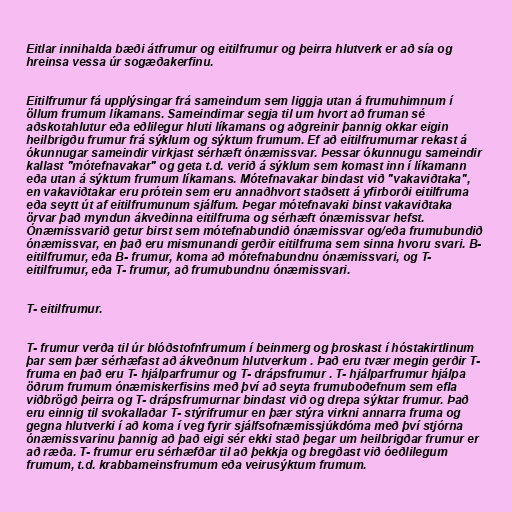
Eitlar innihalda bæði átfrumur og eitilfrumur og þeirra hlutverk er að sía og
hreinsa vessa úr sogæðakerfinu.

Eitilfrumur fá upplýsingar frá sameindum sem liggja utan á frumuhimnum í
öllum frumum líkamans. Sameindirnar segja til um hvort að fruman sé
aðskotahlutur eða eðlilegur hluti líkamans og aðgreinir þannig okkar eigin
heilbrigðu frumur frá sýklum og sýktum frumum. Ef að eitilfrumurnar rekast á
ókunnugar sameindir virkjast sérhæft ónæmissvar. Þessar ókunnugu sameindir
kallast "mótefnavakar" og geta t.d. verið á sýklum sem komast inn í líkamann
eða utan á sýktum frumum líkamans. Mótefnavakar bindast við "vakaviðtaka",
en vakaviðtakar eru prótein sem eru annaðhvort staðsett á yfirborði eitilfruma
eða seytt út af eitilfrumunum sjálfum. Þegar mótefnavaki binst vakaviðtaka
örvar það myndun ákveðinna eitilfruma og sérhæft ónæmissvar hefst.
Ónæmissvarið getur birst sem mótefnabundið ónæmissvar og/eða frumubundið
ónæmissvar, en það eru mismunandi gerðir eitilfruma sem sinna hvoru svari. B-
eitilfrumur, eða B- frumur, koma að mótefnabundnu ónæmissvari, og T-
eitilfrumur, eða T- frumur, að frumubundnu ónæmissvari.

T- eitilfrumur.

T- frumur verða til úr blóðstofnfrumum í beinmerg og þroskast í hóstakirtlinum
þar sem þær sérhæfast að ákveðnum hlutverkum . Það eru tvær megin gerðir T-
fruma en það eru T- hjálparfrumur og T- drápsfrumur . T- hjálparfrumur hjálpa
öðrum frumum ónæmiskerfisins með því að seyta frumuboðefnum sem efla
viðbrögð þeirra og T- drápsfrumurnar bindast við og drepa sýktar frumur. Það
eru einnig til svokallaðar T- stýrifrumur en þær stýra virkni annarra fruma og
gegna hlutverki í að koma í veg fyrir sjálfsofnæmissjúkdóma með því stjórna
ónæmissvarinu þannig að það eigi sér ekki stað þegar um heilbrigðar frumur er
að ræða. T- frumur eru sérhæfðar til að þekkja og bregðast við óeðlilegum
frumum, t.d. krabbameinsfrumum eða veirusýktum frumum.